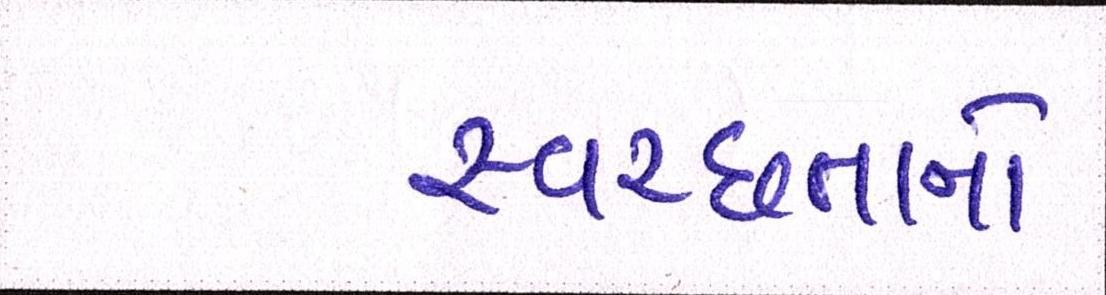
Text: સ્વચ્છતાનો